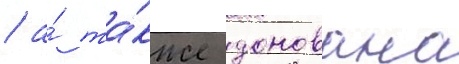
/ а́ та́кже донована